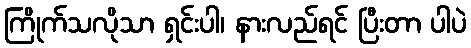
ကြိုက်သလိုသာ ရှင်းပါ၊ နားလည်ရင် ပြီးတာ ပါပဲ